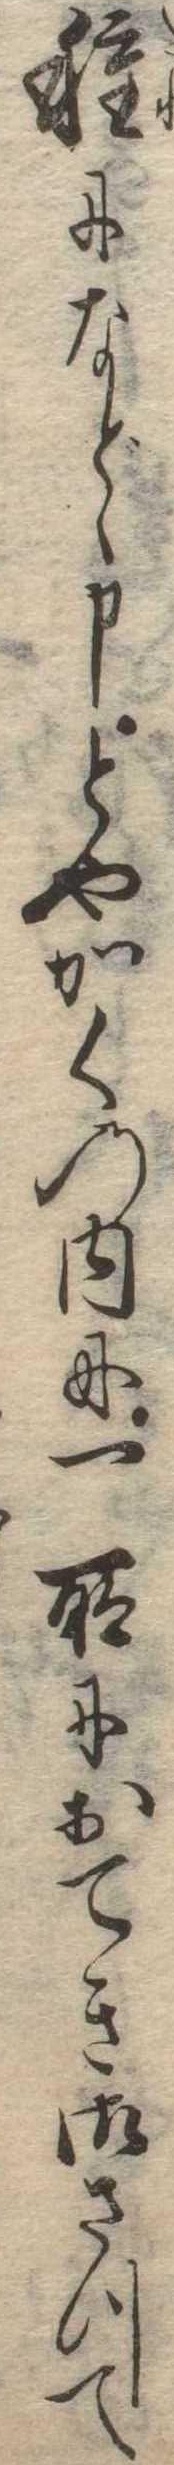
種になどゝ申とやかくの内に一所におてき御さつて